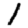
Digit: 1